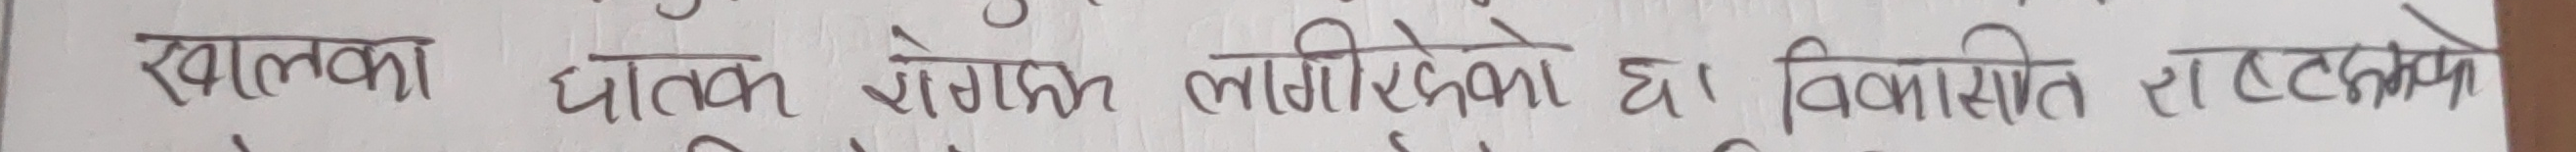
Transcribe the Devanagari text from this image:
खालका घातक रोगको लागिदेखका छ। विकसित राष्ट्रको